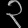
Digit: ၃